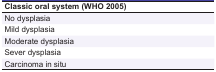
| Classic oral system (WHO 2005) |
 | --- |
 | No dysplasia |
 | Mild dysplasia |
 | Moderate dysplasia |
 | Sever dysplasia |
 | Carcinoma in situ |